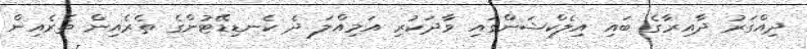
ދިއްގަރު ދާއިރާގެ ބައި އިލެކްޝަންގައި ވާދަކުރި އަމިއްލަ ދެ ކެނޑިޑޭޓުންގެ ތެރެއިން ތެރެއިން